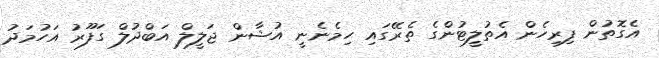
އެގޮތުން ފިރިހެން އެތުލީޓުންގެ ތެރޭގައި ހިމެނެނީ އުޝާން ޖަލީލް އަބްދުލް ގަފޫރު އަހުމަދު